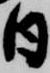
日